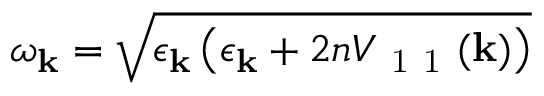
\omega _ { \mathbf { k } } = \sqrt { \epsilon _ { \mathbf { k } } \left( \epsilon _ { \mathbf { k } } + 2 n V _ { \mathrm { ~ 1 ~ 1 ~ } } ( \mathbf { k } ) \right) }